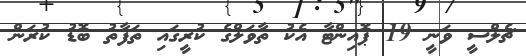
ޗެލްސީ ވަނީ 19 ޕޮއިންޓާ އެކު ތާވަލްގެ ކުރީގައި ތަފާތު ބޮޑު ކުރަން